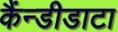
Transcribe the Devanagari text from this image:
कैंन्डीडाटा